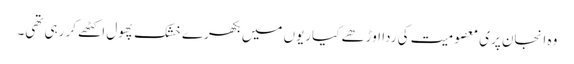
وہ انجان پری معصومیت کی ردا اوڑھے کیاریوں میں بکھرے خشک پھول اکٹھے کر رہی تھی۔